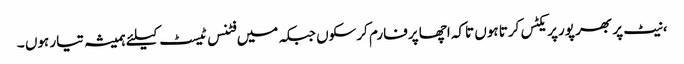
،نیٹ پر بھر پورپریکٹس کرتا ہوں تاکہ اچھا پرفارم کرسکوں جبکہ میں فٹنس ٹیسٹ کیلئے ہمیشہ تیار ہوں ۔